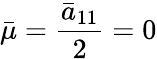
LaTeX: \bar{\mu}=\frac{\bar{a}_{11}}{2}=0